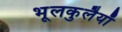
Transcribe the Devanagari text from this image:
भूलकुलैयाँ